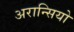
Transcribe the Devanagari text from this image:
अरान्सियो